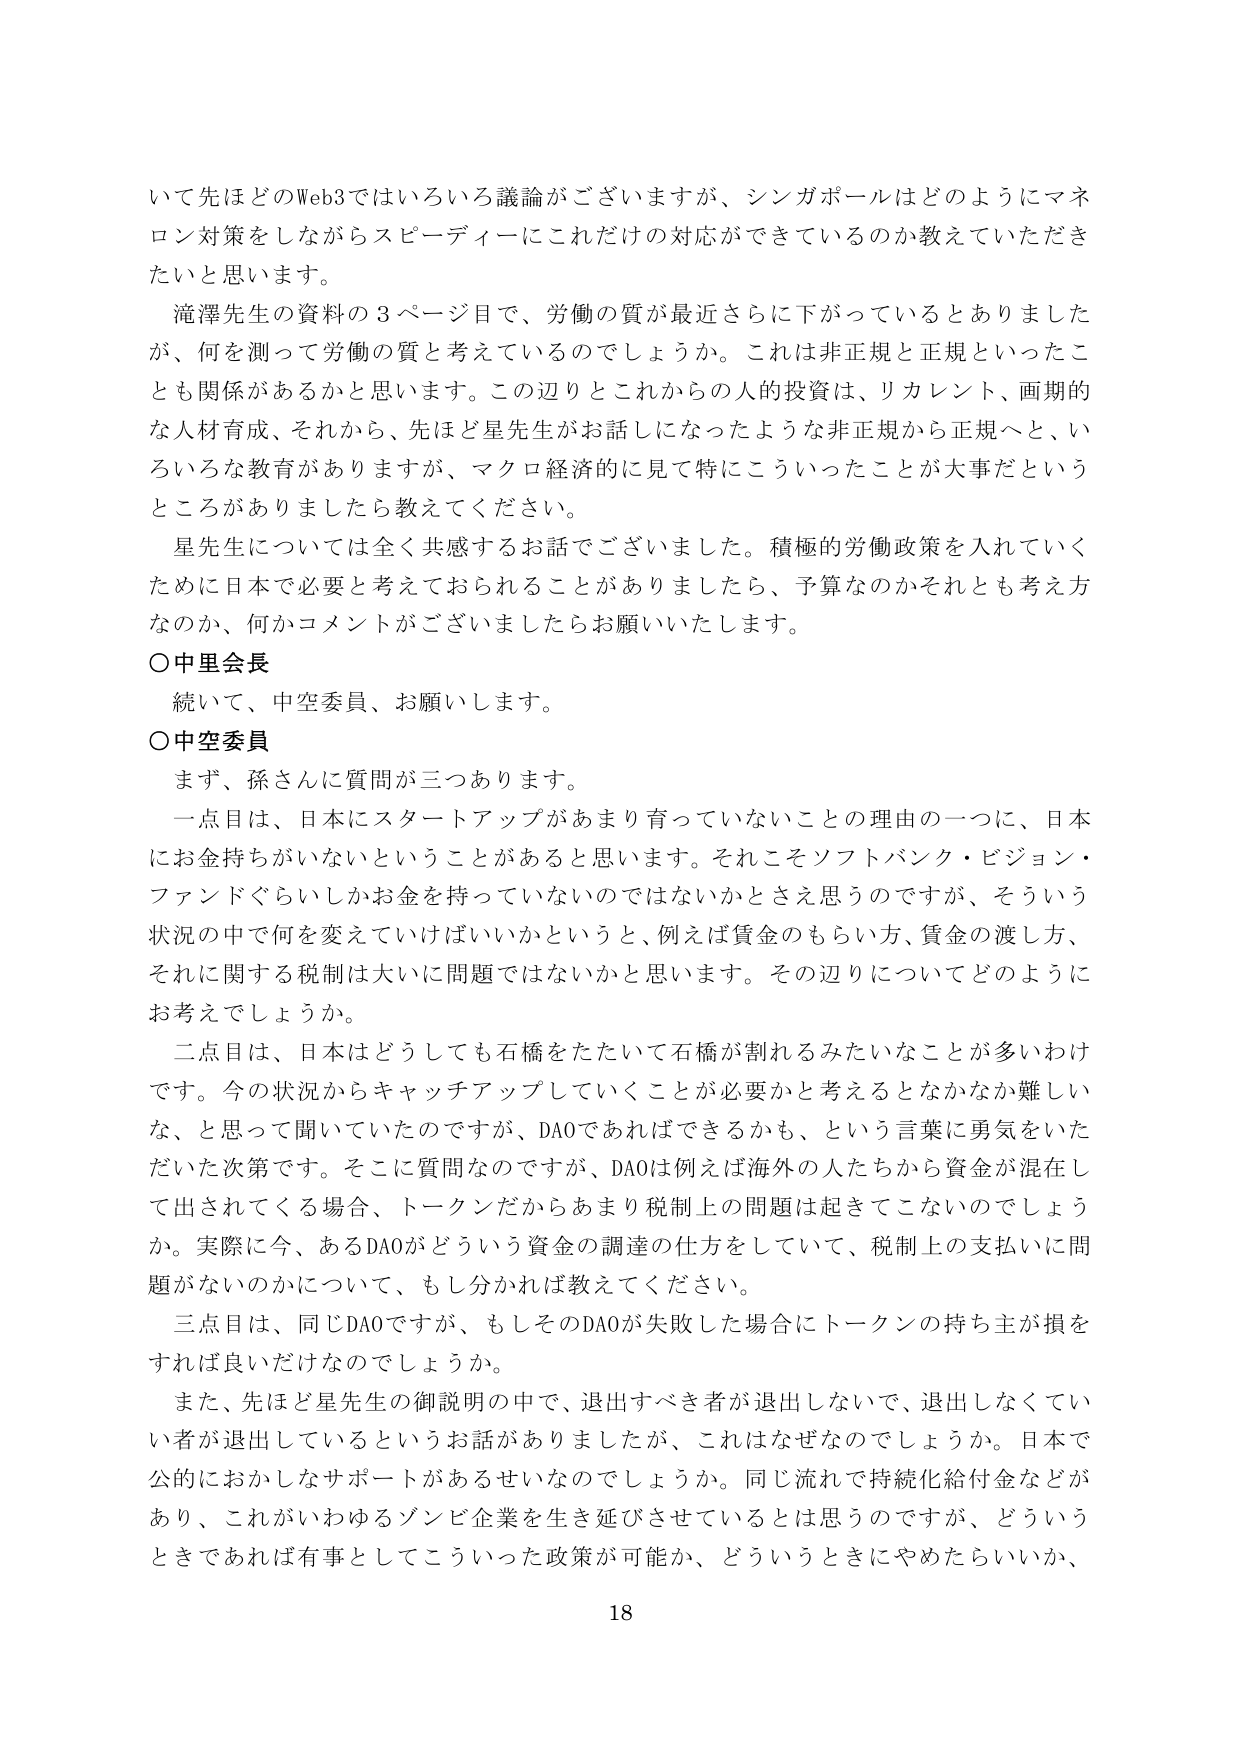
いて先ほどのWeb3ではいろいろ議論がございますが、シンガポールはどのようにマネロン対策をしながらスピーディーにこれだけの対応ができているのか教えていただきたいと思います。

滝澤先生の資料の3ページ目で、労働の質が最近さらに下がっているとありました が、何を測って労働の質と考えているのでしょうか。これは非正規と正規といったこ とも関係があるかと思います。この辺りとこれからの人的投資は、リカレント、画期的 な人材育成、それから、先ほど星先生がお話しになったような非正規から正規へと、い ろいろな教育がありますが、マクロ経済的に見て特にこういったことが大事だという ところがありましたら教えてください。

星先生については全く共感するお話でございました。積極的労働政策を入れていく ために日本で必要と考えておられることがありましたら、予算なのかそれとも考え方 なのか、何かコメントがございましたらお願いいたします。

○中里会長
続いて、中空委員、お願いします。

○中空委員
まず、孫さんに質問が三つあります。

一点目は、日本にスタートアップがあまり育っていないことの理由の一つに、日本 にお金持ちがいないということがあると思います。それこそソフトバンク・ビジョン・ ファンドぐらいしかお金を持っていないのではないかなと思うのですが、そういう 状況の中で何を変えていけばいいかというと、例えば賃金のもらい方、賃金の渡し方、 それに関する税制は大いに問題ではないかと思います。その辺りについてどのように お考えでしょうか。

二点目は、日本はどうしても石橋をたたいて石橋が割れるみたいなことが多いわけ です。今の状況からキャッチアップしていくことが必要かと考えるとなかなか難しい な、と思って聞いていたのですが、DAOであればできるかも、という言葉に勇気をいた だいた次第です。そこに質問なのですが、DAOは例えば海外の人たちから資金が混在し て出されてくる場合、トークンだからあまり税制上の問題は起きてこないのでしょう か。実際に今、あるDAOがどういう資金の調達の仕方をしていて、税制上の支払いに問 題がないのかについて、もし分かれば教えてください。

三点目は、同じDAOですが、もしそのDAOが失敗した場合にトークンの持ち主が損を すれば良いだけなのでしょうか。

また、先ほど星先生の御説明の中で、退出すべき者が退出しないで、退出しなくて い者が退出しているというお話がありましたが、これはなぜなのでしょうか。日本で 公的におかしなサポートがあるせなのでしょうか。同じ流れで持続化給付金などがあ り、これがいわゆるゾンビ企業を生き延びさせているとは思うのですが、どういう ときであれば有事としてこういった政策が可能か、どういうときにやめたらいいか、

18